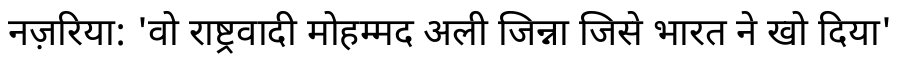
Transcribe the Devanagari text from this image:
नज़रिया: 'वो राष्ट्रवादी मोहम्मद अली जिन्ना जिसे भारत ने खो दिया'